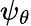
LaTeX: \psi_{\theta}